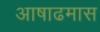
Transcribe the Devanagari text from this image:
अाषाढमास